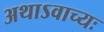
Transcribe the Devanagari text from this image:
अथाऽवाच्यः